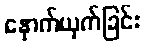
နှောက်ယှက်ခြင်း